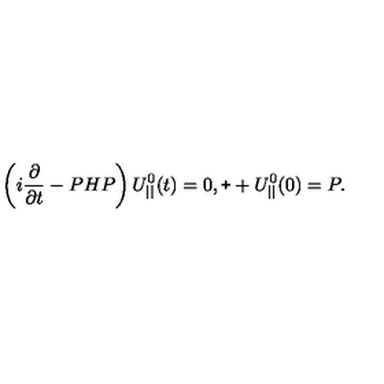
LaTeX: \left( i \frac { \partial } { \partial t } - P H P \right) U _ { | | } ^ { 0 } ( t ) = 0 , \verb + + U _ { | | } ^ { 0 } ( 0 ) = P .